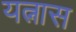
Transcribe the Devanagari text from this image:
यत्नास